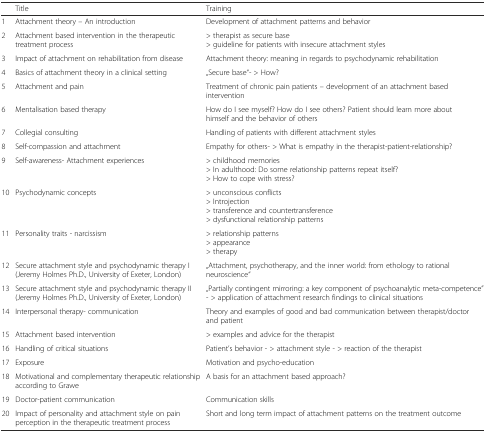
<table><thead><tr><td></td><td><b>Title</b></td><td><b>Training</b></td></tr></thead><tbody><tr><td>1</td><td>Attachment theory – An introduction</td><td>Development of attachment patterns and behavior</td></tr><tr><td>2</td><td>Attachment based intervention in the therapeutic treatment process</td><td>&gt; therapist as secure base&gt; guideline for patients with insecure attachment styles</td></tr><tr><td>3</td><td>Impact of attachment on rehabilitation from disease</td><td>Attachment theory: meaning in regards to psychodynamic rehabilitation</td></tr><tr><td>4</td><td>Basics of attachment theory in a clinical setting</td><td>„Secure base“- &gt; How?</td></tr><tr><td>5</td><td>Attachment and pain</td><td>Treatment of chronic pain patients – development of an attachment based intervention</td></tr><tr><td>6</td><td>Mentalisation based therapy</td><td>How do I see myself? How do I see others? Patient should learn more about himself and the behavior of others</td></tr><tr><td>7</td><td>Collegial consulting</td><td>Handling of patients with different attachment styles</td></tr><tr><td>8</td><td>Self-compassion and attachment</td><td>Empathy for others- &gt; What is empathy in the therapist-patient-relationship?</td></tr><tr><td>9</td><td>Self-awareness- Attachment experiences</td><td>&gt; childhood memories&gt; In adulthood: Do some relationship patterns repeat itself?&gt; How to cope with stress?</td></tr><tr><td>10</td><td>Psychodynamic concepts</td><td>&gt; unconscious conflicts&gt; Introjection&gt; transference and countertransference&gt; dysfunctional relationship patterns</td></tr><tr><td>11</td><td>Personality traits - narcissism</td><td>&gt; relationship patterns&gt; appearance&gt; therapy</td></tr><tr><td>12</td><td>Secure attachment style and psychodynamic therapy I (Jeremy Holmes Ph.D., University of Exeter, London)</td><td>„Attachment, psychotherapy, and the inner world: from ethology to rational neuroscience“</td></tr><tr><td>13</td><td>Secure attachment style and psychodynamic therapy II (Jeremy Holmes Ph.D., University of Exeter, London)</td><td>„Partially contingent mirroring: a key component of psychoanalytic meta-competence”- &gt; application of attachment research findings to clinical situations</td></tr><tr><td>14</td><td>Interpersonal therapy- communication</td><td>Theory and examples of good and bad communication between therapist/doctor and patient</td></tr><tr><td>15</td><td>Attachment based intervention</td><td>&gt; examples and advice for the therapist</td></tr><tr><td>16</td><td>Handling of critical situations</td><td>Patient’s behavior - &gt; attachment style - &gt; reaction of the therapist</td></tr><tr><td>17</td><td>Exposure</td><td>Motivation and psycho-education</td></tr><tr><td>18</td><td>Motivational and complementary therapeutic relationship according to Grawe</td><td>A basis for an attachment based approach?</td></tr><tr><td>19</td><td>Doctor-patient communication</td><td>Communication skills</td></tr><tr><td>20</td><td>Impact of personality and attachment style on pain perception in the therapeutic treatment process</td><td>Short and long term impact of attachment patterns on the treatment outcome</td></tr></tbody></table>